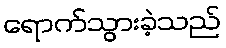
ရောက်သွားခဲ့သည်